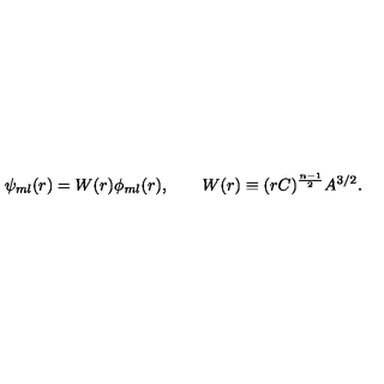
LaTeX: \psi _ { m l } ( r ) = W ( r ) \phi _ { m l } ( r ) , \qquad W ( r ) \equiv ( r C ) ^ { \frac { n - 1 } { 2 } } A ^ { 3 / 2 } .